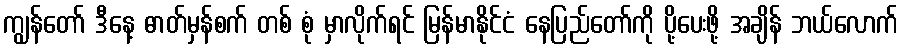
ကျွန်တော် ဒီနေ့ ဓာတ်မှန်စက် တစ် စုံ မှာလိုက်ရင် မြန်မာနိုင်ငံ နေပြည်တော်ကို ပို့ပေးဖို့ အချိန် ဘယ်လောက်